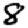
Digit: 8